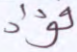
فؤاد